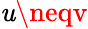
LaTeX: \mathit{u}\neqv